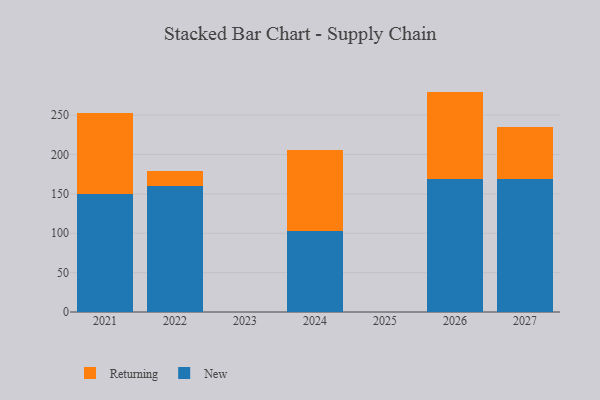
{"axis": {"x": "Year", "y": "Headcount"}, "legend": ["New", "Returning"], "data": [{"x": "2026", "y": 168.9, "type": "New"}, {"x": "2026", "y": 111.0, "type": "Returning"}, {"x": "2027", "y": 168.6, "type": "New"}, {"x": "2027", "y": 65.9, "type": "Returning"}, {"x": "2021", "y": 150.1, "type": "New"}, {"x": "2021", "y": 102.9, "type": "Returning"}, {"x": "2024", "y": 103.4, "type": "New"}, {"x": "2024", "y": 102.8, "type": "Returning"}, {"x": "2022", "y": 159.9, "type": "New"}, {"x": "2022", "y": 19.7, "type": "Returning"}]}